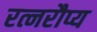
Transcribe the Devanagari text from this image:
रत्नरौप्य